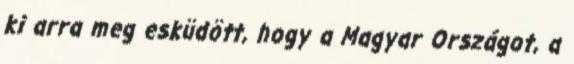
ki arra meg esküdött, hogy a Magyar Országot, a